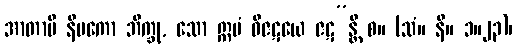
အာတာပီ နိပကော ဘိက္ခု, သော ဣမံ ဝိဇဋယေ ဇဋ”န္တိ စ။ (သံ။ နိ။ ၁။၂၃)၊